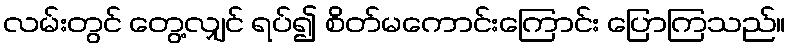
လမ်းတွင် တွေ့လျှင် ရပ်၍ စိတ်မကောင်းကြောင်း ပြောကြသည်။